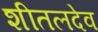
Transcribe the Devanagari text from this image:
शीतलदेव